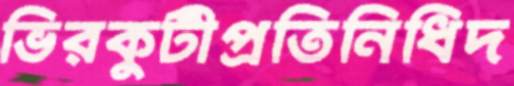
ভিরকুটীপ্রতিনিধিদ